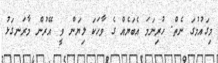
މިގައުމުގަ ނެތް. ހުރިނަމަ އެބަޔެއް ގެ ވާހަކަ ލިޔަން ވީ އޭރުން މާރަނގަޅު